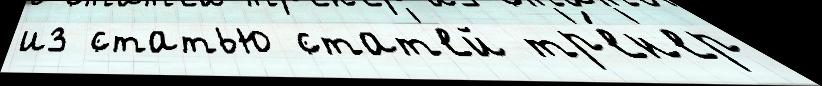
из статью стат'ей тр'е́н'ер